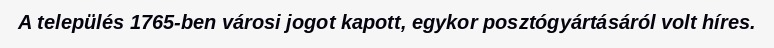
A település 1765-ben városi jogot kapott, egykor posztógyártásáról volt híres.